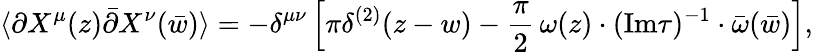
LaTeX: \langle\partial X^{\mu}(z)\bar{\partial}X^{\nu}(\bar{w})\rangle=-\delta^{\mu\nu}\left[\pi\delta^{(2)}(z-w)-{\frac{\pi}{2}}\, \omega(z)\cdot(\mathrm{Im}\tau)^{-1}\cdot\bar{\omega}(\bar{w})\right],